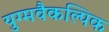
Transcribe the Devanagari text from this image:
युग्मवैकल्पिक